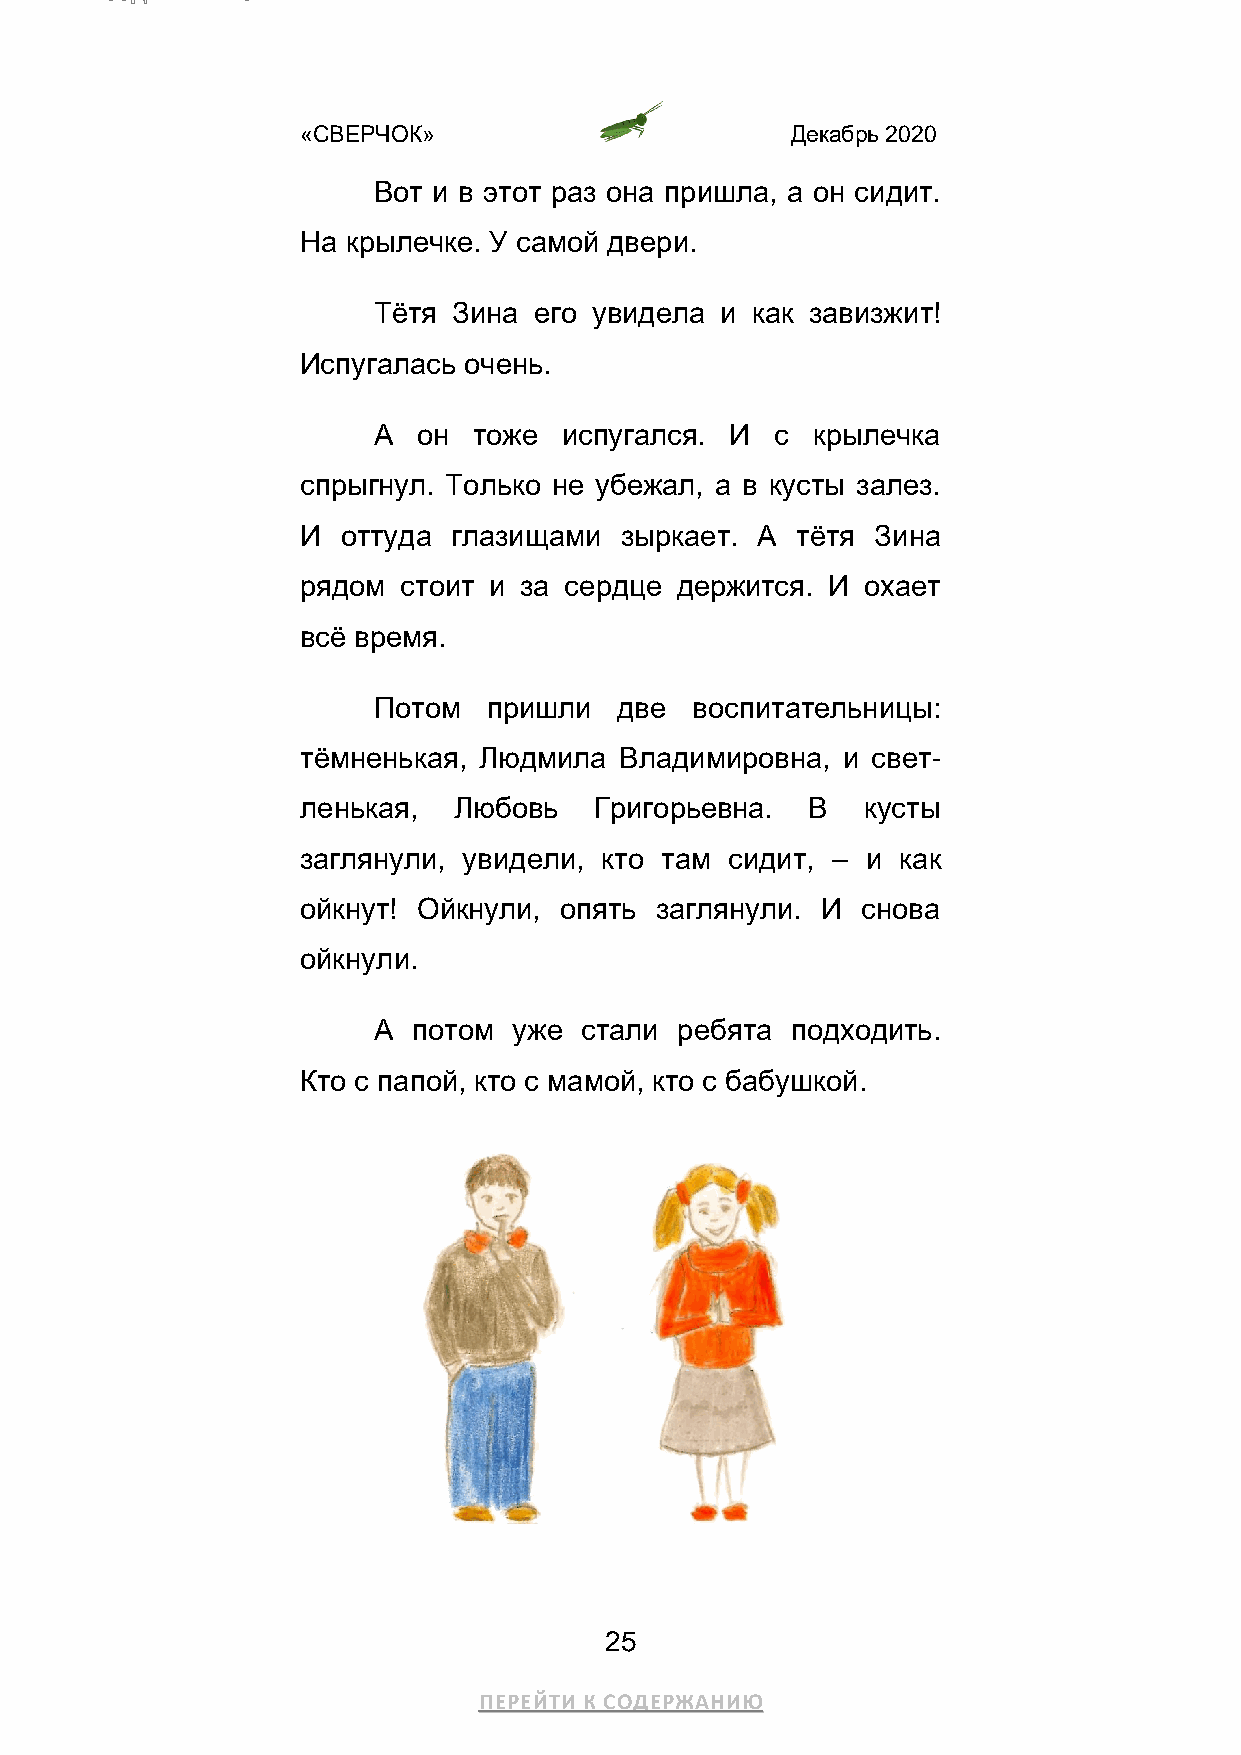
«СВЕРЧОК»                       Декабрь 2020
 Вот и в этот раз она пришла, а он сидит.
 На крылечке. У самой двери.
 Тётя Зина его увидела  и как завизжит!
 Испугалась очень.
 А  он тоже  испугался. И  с  крылечка
 спрыгнул. Только не убежал, а в кусты залез.
 И  оттуда глазищами  зыркает. А  тётя Зина
 рядом  стоит и за сердце держится. И охает
 всё время.
 Потом  пришли   две  воспитательницы:
 тёмненькая, Людмила  Владимировна,  и свет-
 ленькая,  Любовь   Григорьевна.   В  кусты
 заглянули, увидели, кто там сидит, – и  как
 ойкнут! Ойкнули, опять заглянули. И  снова
 ойкнули.
 А потом  уже стали  ребята подходить.
 Кто с папой, кто с мамой, кто с бабушкой.
 25
 ПЕРЕЙТИ К СОДЕРЖАНИЮ